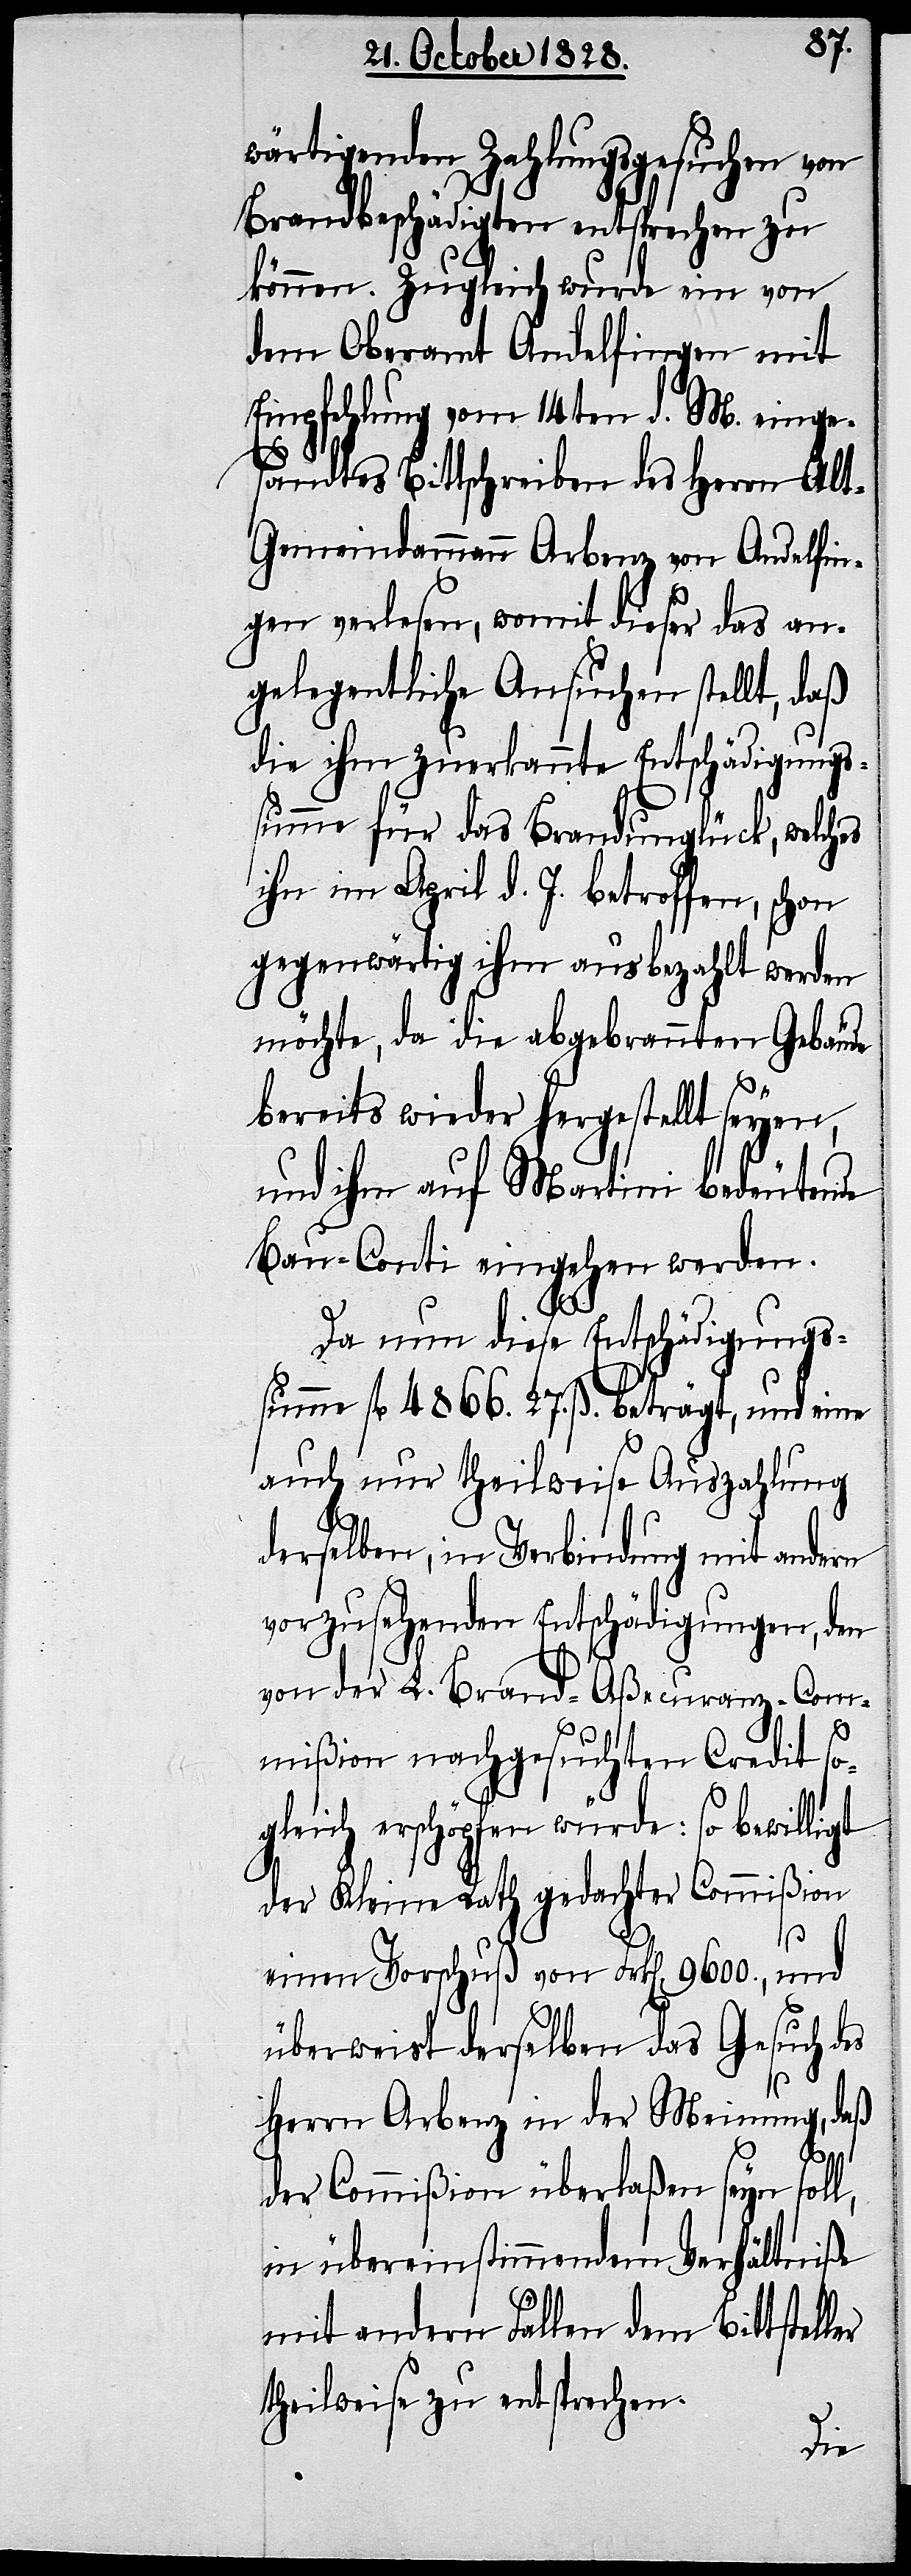
wärtigenden Zahlungsgesuchen von
Brandbeschädigten entsprechen zu
können. Zugleich wurde ein von
dem Oberamt Andelfingen mit
Empfehlung vom 14ten d. M. einge¬
sandtes Bittschreiben des Herrn Al¬
t-Gemeindammann Arbenz von Andelfin¬
gen verlesen, womit dieser das an¬
gelegentliche Ansuchen stellt, daß
die ihm zuerkannte Entschädigungs¬
summe für das Brandunglück, welches
ihn im April d. J. betroffen, schon
gegenwärtig ihm ausbezahlt werden
möchte, da die abgebrannten Gebäude
bereits wieder hergestellt seyen,
und ihm auf Martini bedeutende
Bau-Conti eingehen werden.
Da nun diese Entschädigungs¬
summe fl. 4866. 27. ß. beträgt, und eine
auch nur theilweise Auszahlung
derselben, in Verbindung mit andern
vorzusehenden Entschädigungen, den
von der L. Brand-Aßecuranz-Com¬
mißion nachgesuchten Credit so¬
gleich erschöpfen würde: so bewilligt
der Kleine Rath gedachter Commißion
einen Vorschuß von Frk[en]. 9600., und
überweist derselben das Gesuch des
Herrn Arbenz in der Meinung, daß
der Commißion überlaßen seyn soll,
in übereinstimmendem Verhältniße
mit andern Fällen dem Bittsteller
theilweise zu entsprechen.